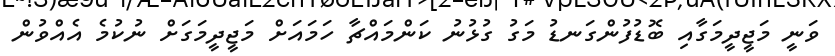
ވަނީ މަޖީދީމަގާއި ބޮޑުފުންގަނޑު މަގު ގުޅުނު ކަންމައްޗާ ހަމައަށް މަޖީދީމަގަށް ނުކުމެ އެއްވުން